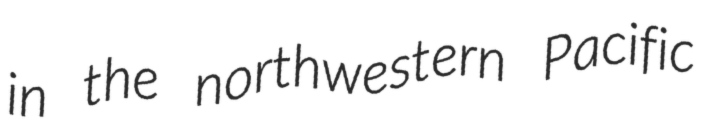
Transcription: in the northwestern Pacific